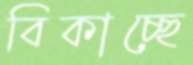
বিকাচ্ছে